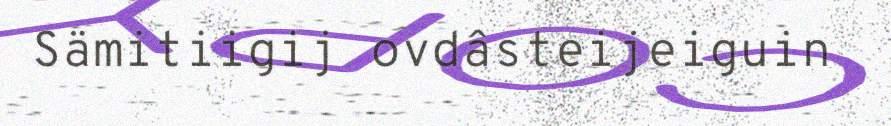
Sämitiigij ovdâsteijeiguin